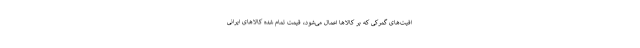
افیت‌های گمرکی که بر کالاها اعمال می‌شود، قیمت تمام شده کالاهای ایرانی